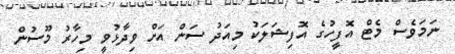
ނަމަވެސް މެޓް އޮފީހުގެ އޮފިޝަލަކު މިއަދު ސަން އަށް ވިދާޅުވީ މިހާރު މޫސުން